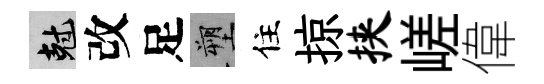
剋改足塑住掠挟嵯偉